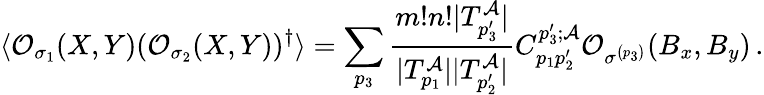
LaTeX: \langle\mathcal{O}_{\sigma_{1}}(X,Y)(\mathcal{O}_{\sigma_{2}}(X,Y))^{\dagger}\rangle=\sum_{p_{3}}\frac{m!n!|T_{p_{3}^{\prime}}^{\mathcal{A}}|}{|T_{p_{1}}^{\mathcal{A}}||T_{p_{2}^{\prime}}^{\mathcal{A}}|}C_{p_{1}p_{2}^{\prime}}^{p_{3}^{\prime};\mathcal{A}}\mathcal{O}_{\sigma^{\left(p_{3}\right)}}(B_{x},B_{y})\, .